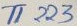
Text: T1223